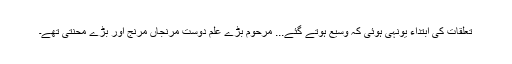
تعلقات کی ابتداء یونہی ہوئی کہ وسیع ہوتے گئے... مرحوم بڑے علم دوست مرنجاں مرنج اور بڑے محنتی تھے۔